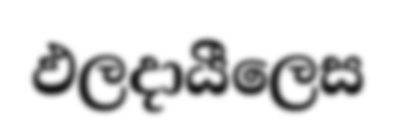
ඵලදායීලෙස